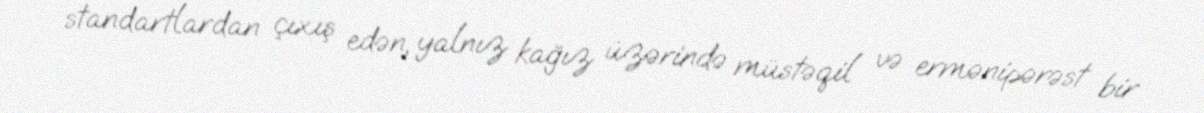
standartlardan çıxış edən, yalnız kağız üzərində müstəqil və ermənipərəst bir